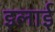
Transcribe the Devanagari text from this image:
इलाई